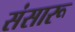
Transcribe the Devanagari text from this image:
संसारू